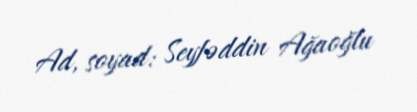
Ad, soyad: Seyfəddin Ağaoğlu